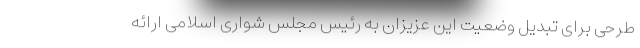
طرحی برای تبدیل وضعیت این عزیزان به رئیس مجلس شواری اسلامی ارائه